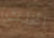
اتخذت